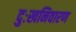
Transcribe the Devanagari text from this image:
दुःखनिवारण